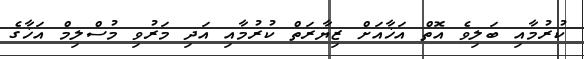
ކުރުމާއި ބަލިވެ އޮތް އަޚާއަށް ޒިޔާރަތް ކުރުމާއި އަދި މަރުވި މުސްލިމް އަޚާގެ